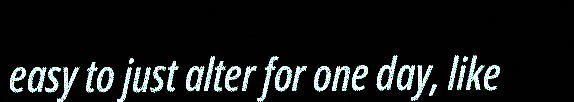
easy to just alter for one day, like